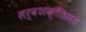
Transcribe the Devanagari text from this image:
सर्वशक्तिसह